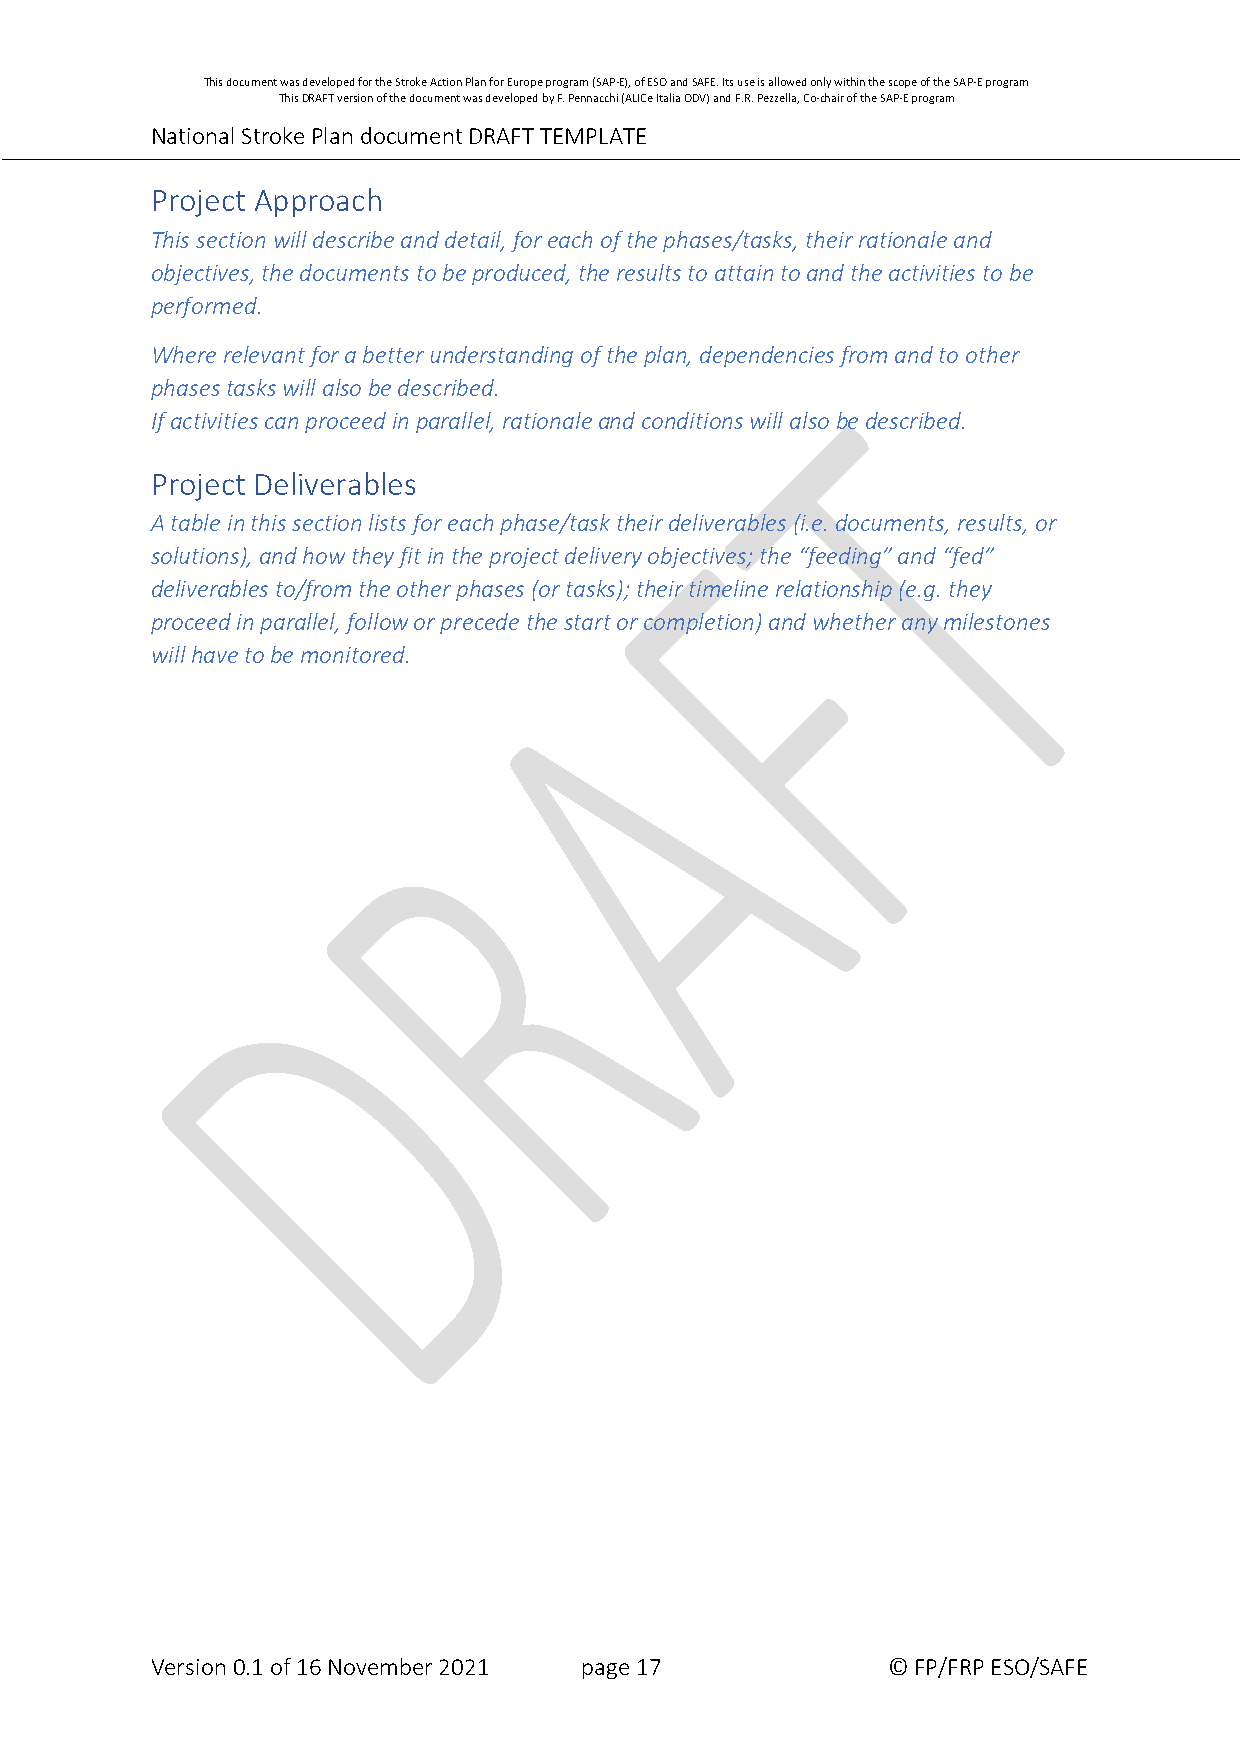
This document was developed for the Stroke Action Plan for Europe program (SAP-E), of ESO and SAFE. Its use is allowed only within the scope of the SAP-E program
 This DRAFT version of the document was developed by F. Pennacchi (ALICe Italia ODV) and F.R. Pezzella, Co-chair of the SAP-E program
 National Stroke Plan document DRAFT TEMPLATE
 Project Approach
 This section will describe and detail, for each of the phases/tasks, their rationale and
 objectives, the documents to be produced, the results to attain to and the activities to be
 performed.
 Where relevant for a better understanding of the plan, dependencies from and to other
 phases tasks will also be described.
 If activities can proceed in parallel, rationale and conditions will also be described.
 Project Deliverables
 A table in this section lists for each phase/task their deliverables (i.e. documents, results, or
 solutions), and how they fit in the project delivery objectives; the “feeding” and “fed”
 deliverables to/from the other phases (or tasks); their timeline relationship (e.g. they
 proceed in parallel, follow or precede the start or completion) and whether any milestones
 will have to be monitored.
 Version 0.1 of 16 November 2021 page 17          © FP/FRP ESO/SAFE